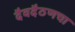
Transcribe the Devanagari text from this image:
दैवदैठणचा